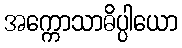
အက္ကောသာဓိပ္ပါယော